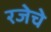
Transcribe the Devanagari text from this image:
रजेचे